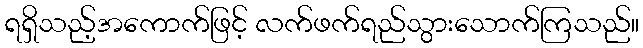
ရရှိသည့်အကောက်ဖြင့် လက်ဖက်ရည်သွားသောက်ကြသည်။